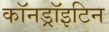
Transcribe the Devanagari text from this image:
कॉनड्रॉइटिन